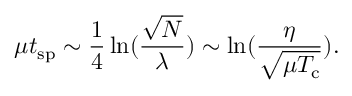
\mu t _ { \mathrm { s p } } \sim \frac { 1 } { 4 } \ln ( \frac { \sqrt N } { \lambda } ) \sim \ln ( \frac { \eta } { \sqrt { \mu T _ { \mathrm { c } } } } ) .